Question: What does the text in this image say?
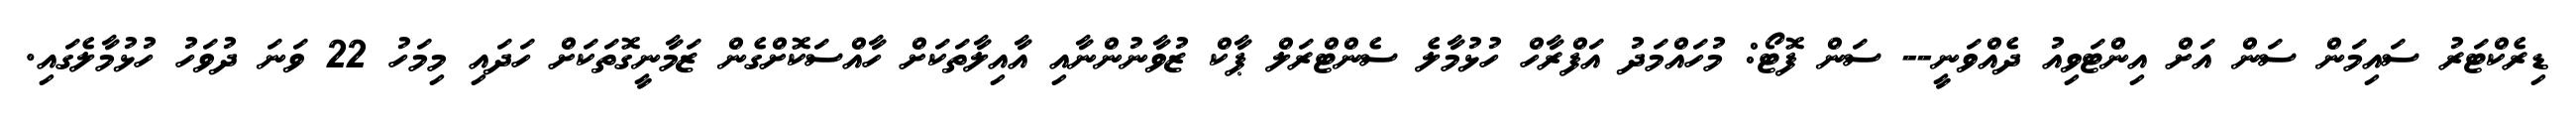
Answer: ޑިރެކްޓަރު ސައިމަން ސަން އަށް އިންޓަވިއު ދެއްވަނީ-- ސަން ފޮޓޯ: މުހައްމަދު އަފްރާހް ހުޅުމާލެ ސެންޓްރަލް ޕާކް ޒުވާނުންނާއި އާއިލާތަކަށް ހާއްސަކޮށްގެން ޒަމާނީގޮތަކަށް ހަދައި މިމަހު 22 ވަނަ ދުވަހު ހުޅުމާލެގައި.